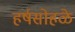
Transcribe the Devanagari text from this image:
हर्षसोहळे